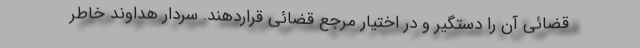
قضائی آن را دستگیر و در اختیار مرجع قضائی قراردهند. سردار هداوند خاطر